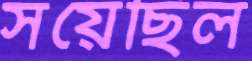
সয়েছিল